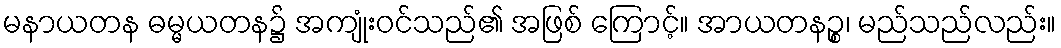
မနာယတန ဓမ္မယတန၌ အကျုံးဝင်သည်၏ အဖြစ် ကြောင့်။ အာယတနဉ္စ၊ မည်သည်လည်း။